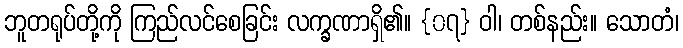
ဘူတရုပ်တို့ကို ကြည်လင်စေခြင်း လက္ခဏာရှိ၏။ {၀၇} ဝါ၊ တစ်နည်း။ သောတံ၊